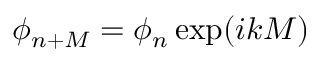
\phi _ { n + M } = \phi _ { n } \exp ( i k M )